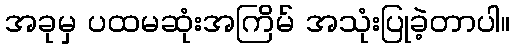
အခုမှ ပထမဆုံးအကြိမ် အသုံးပြုခဲ့တာပါ။